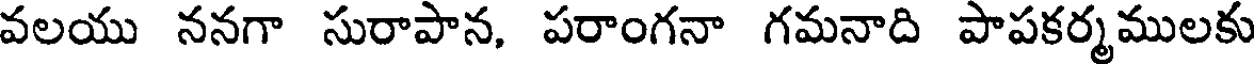
వలయు ననగా సురాపాన, పరాంగనా గమనాది పాపకర్మములకు